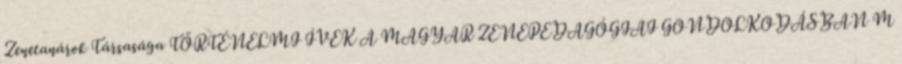
Zenetanárok Társasága TÖRTÉNELMI ÍVEK A MAGYAR ZENEPEDAGÓGIAI GONDOLKODÁSBAN M